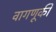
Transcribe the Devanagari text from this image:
वागणूकी